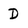
Character: D